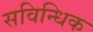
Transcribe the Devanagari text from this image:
सविन्धिक